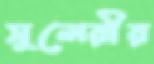
সুলেরীর